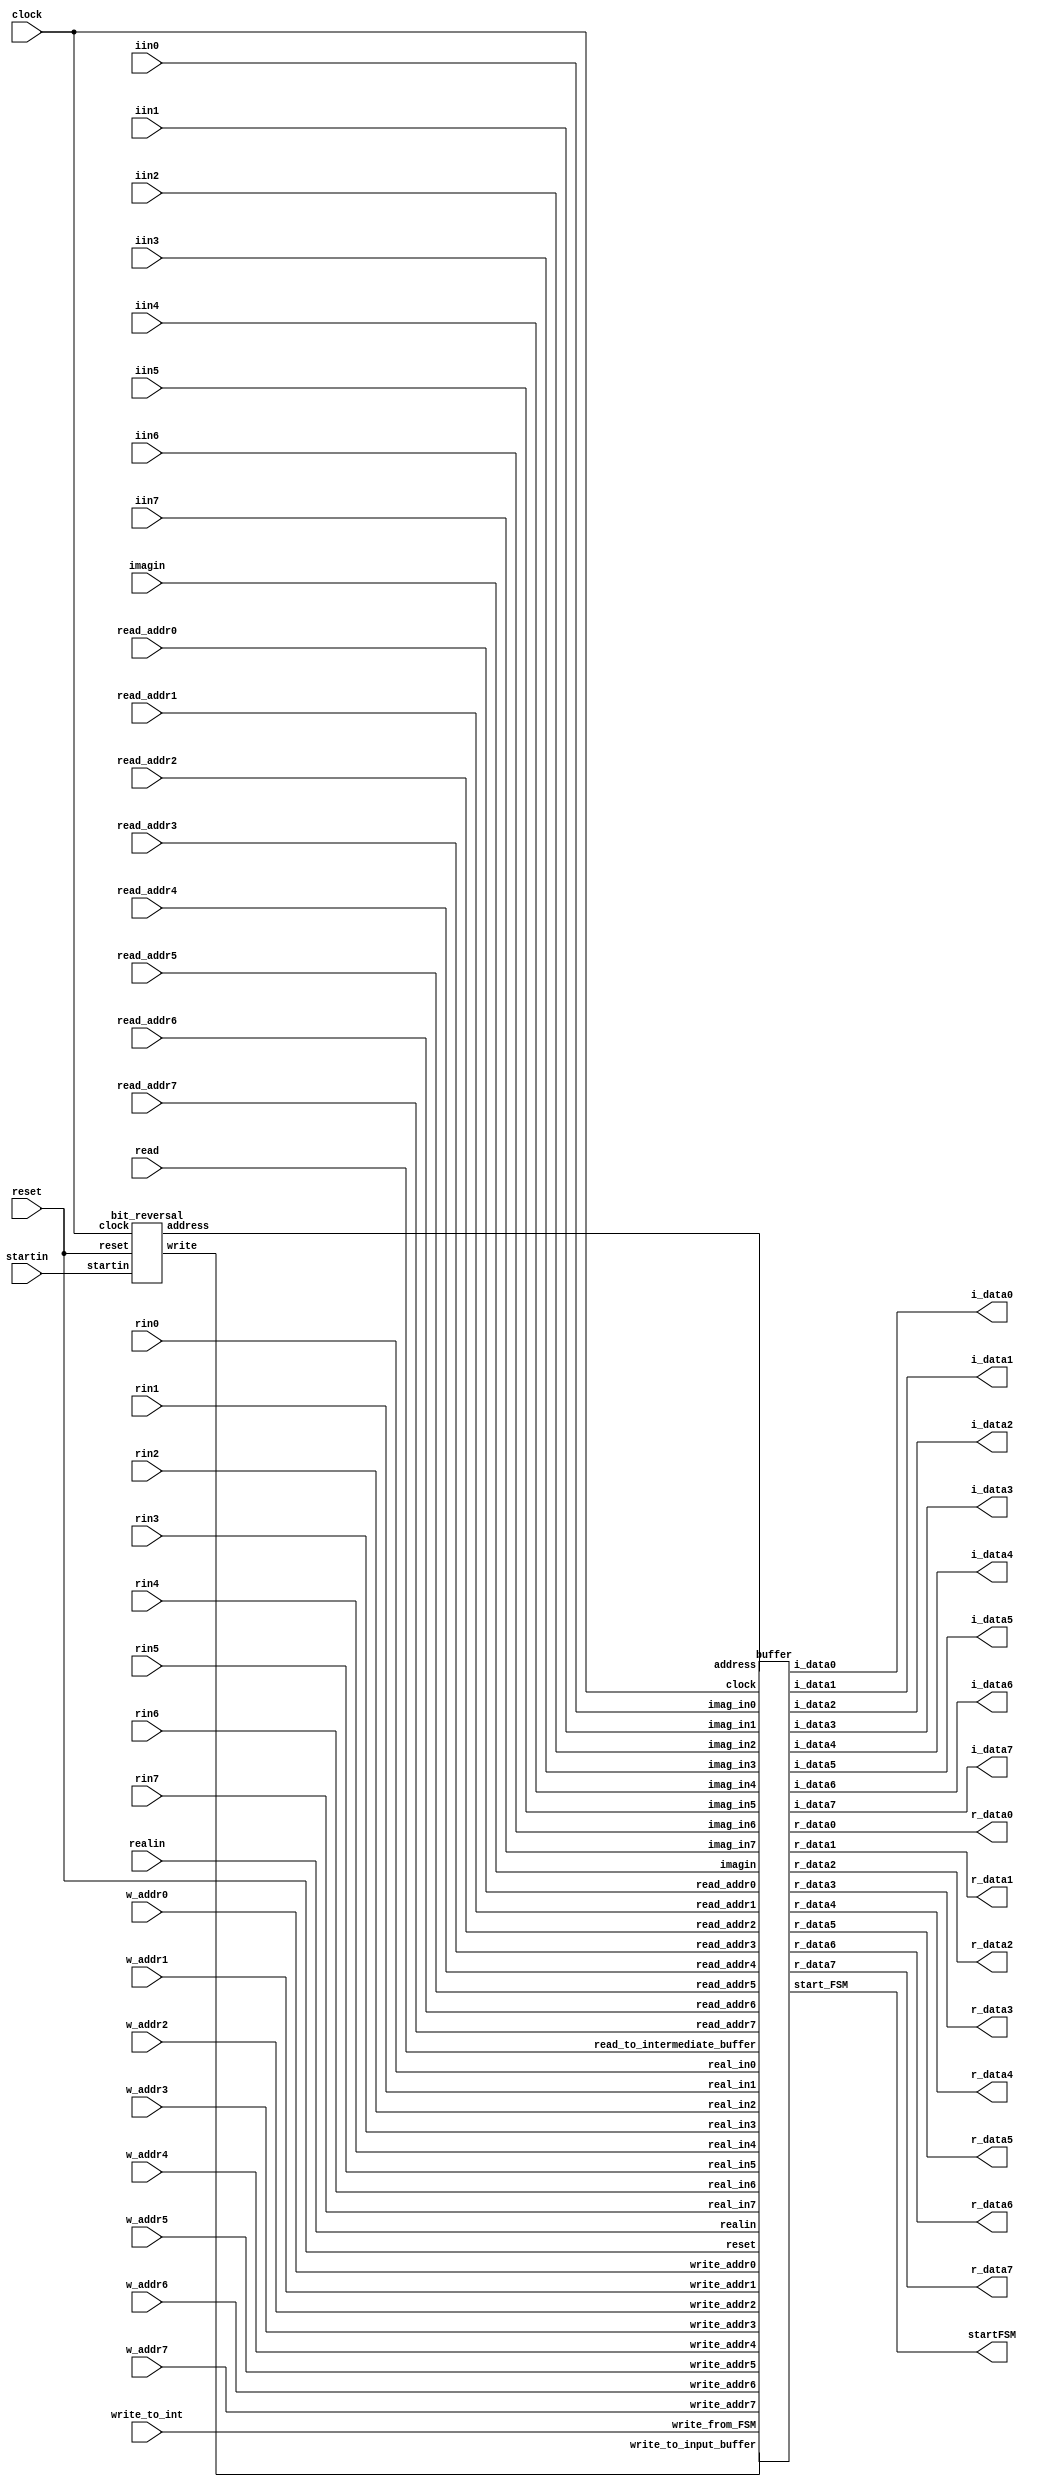
`timescale 1ns/10ps

module input_int_buffer ( clock, reset, read, startin, write_to_int, startFSM, realin, imagin, read_addr0, read_addr1, read_addr2, read_addr3, read_addr4, read_addr5, read_addr6, read_addr7, r_data0, r_data1, r_data2, r_data3, r_data4, r_data5, r_data6, r_data7, i_data0, i_data1, i_data2, i_data3, i_data4, i_data5, i_data6, i_data7, rin0, rin1, rin2, rin3, rin4, rin5, rin6, rin7, iin0, iin1, iin2, iin3, iin4, iin5, iin6, iin7, w_addr0, w_addr1, w_addr2, w_addr3, w_addr4, w_addr5, w_addr6, w_addr7);

input clock, reset, read, startin, write_to_int;

input signed [19:0] realin, imagin;
input signed [29:0] rin0, rin1, rin2, rin3, rin4, rin5, rin6, rin7, iin0, iin1, iin2, iin3, iin4, iin5, iin6, iin7;

input [7:0] read_addr0, read_addr1, read_addr2, read_addr3, read_addr4, read_addr5, read_addr6, read_addr7;
input [7:0] w_addr0, w_addr1, w_addr2, w_addr3, w_addr4, w_addr5, w_addr6, w_addr7;

output signed [29:0] r_data0, r_data1, r_data2, r_data3, r_data4, r_data5, r_data6, r_data7, i_data0, i_data1, i_data2, i_data3, i_data4, i_data5, i_data6, i_data7;
output startFSM;

wire [7:0] address;
wire write, _start_FSM;

assign startFSM = _start_FSM;

bit_reversal BR (.reset(reset), .clock(clock), .startin(startin), .address(address), .write(write));

buffer BUF (.clock(clock), .reset(reset), .realin(realin), .imagin(imagin), .address(address), .write_to_input_buffer(write), 
.read_to_intermediate_buffer(read), .read_addr0(read_addr0), .read_addr1(read_addr1), .read_addr2(read_addr2), .read_addr3(read_addr3),
 .read_addr4(read_addr4), .read_addr5(read_addr5), .read_addr6(read_addr6), .read_addr7(read_addr7), .r_data0(r_data0), .r_data1(r_data1), 
 .r_data2(r_data2), .r_data3(r_data3), .r_data4(r_data4), .r_data5(r_data5), .r_data6(r_data6), .r_data7(r_data7), .i_data0(i_data0), 
 .i_data1(i_data1), .i_data2(i_data2), .i_data3(i_data3), .i_data4(i_data4), .i_data5(i_data5), .i_data6(i_data6), .i_data7(i_data7), 
 .start_FSM(_start_FSM), .write_from_FSM(write_to_int), .real_in0(rin0), .real_in1(rin1), .real_in2(rin2), .real_in3(rin3), .real_in4(rin4), 
 .real_in5(rin5), .real_in6(rin6), .real_in7(rin7), .imag_in0(iin0), .imag_in1(iin1), .imag_in2(iin2), .imag_in3(iin3), .imag_in4(iin4), 
 .imag_in5(iin5), .imag_in6(iin6), .imag_in7(iin7), .write_addr0(w_addr0), .write_addr1(w_addr1), .write_addr2(w_addr2), .write_addr3(w_addr3), 
 .write_addr4(w_addr4), .write_addr5(w_addr5), .write_addr6(w_addr6), .write_addr7(w_addr7));




endmodule

module bit_reversal (reset, clock, startin, address, write);

input reset,clock,startin;
output reg [7:0]address; 
output reg write;

reg [7:0] counter;

always@(posedge clock or posedge reset)
begin
	if(reset) begin
		counter<= #1 8'b0;
	end 
	else if (startin) begin
		counter<= #1 8'b00000001;
	end 
	else if (counter > 0 && counter <= 255) begin
		counter<= #1 counter+1;
	end 
	else begin
		counter <= #1 8'b0;
	end

end

always @ (*) begin
	
	address={counter[0],counter[1],counter[2],counter[3],counter[4],counter[5],counter[6],counter[7]};

	if ((startin == 1)) begin
		write = 1;
	end 
	else if (counter != 0 ) begin
		write =1;
	end 
	else begin
		write = 0;
	end
end

endmodule


module buffer (clock, reset, realin, imagin, address, write_to_input_buffer, read_to_intermediate_buffer, read_addr0, read_addr1, read_addr2, read_addr3, read_addr4, read_addr5, read_addr6, read_addr7, r_data0, r_data1, r_data2, r_data3, r_data4, r_data5, r_data6, r_data7, i_data0, i_data1, i_data2, i_data3, i_data4, i_data5, i_data6, i_data7, start_FSM, write_from_FSM, real_in0, real_in1, real_in2, real_in3, real_in4, real_in5, real_in6, real_in7, imag_in0, imag_in1, imag_in2, imag_in3, imag_in4, imag_in5, imag_in6, imag_in7, write_addr0, write_addr1, write_addr2, write_addr3, write_addr4, write_addr5, write_addr6, write_addr7 );

input clock, reset, write_to_input_buffer, read_to_intermediate_buffer, write_from_FSM;
input signed [19:0] realin, imagin;
input [7:0] address;
input [7:0] read_addr0, read_addr1, read_addr2, read_addr3, read_addr4, read_addr5, read_addr6, read_addr7;
input signed [29:0] real_in0, real_in1, real_in2, real_in3, real_in4, real_in5, real_in6, real_in7, imag_in0, imag_in1, imag_in2, imag_in3, imag_in4, imag_in5, imag_in6, imag_in7;
output signed [29:0] r_data0, r_data1, r_data2, r_data3, r_data4, r_data5, r_data6, r_data7, i_data0, i_data1, i_data2, i_data3, i_data4, i_data5, i_data6, i_data7;
input [7:0] write_addr0, write_addr1, write_addr2, write_addr3, write_addr4, write_addr5, write_addr6, write_addr7;

output start_FSM;

reg signed [29:0] real_input_buffer [0:255];
reg signed [29:0] real_intermediate_buffer [0:255];
reg signed [29:0] imag_input_buffer [0:255];
reg signed [29:0] imag_intermediate_buffer [0:255];

reg write_to_int_buffer;

reg signed [29:0] realin30, imagin30;

always @ (*) begin
	realin30 = {{8{realin[19]}},realin, 2'b00};
	imagin30 = {{8{imagin[19]}},imagin, 2'b00};
end

integer i,j,k,l,m;

//write to input buffer
always @ (posedge clock or posedge reset) begin
	if (reset) begin
		for (i=0; i<256; i=i+1) begin
			real_input_buffer[i] <= #1 30'b0;
			imag_input_buffer[i] <= #1 30'b0;
		end
	end
	else if (write_to_input_buffer) begin
		real_input_buffer[address] <= #1 realin30;
		imag_input_buffer[address] <= #1 imagin30;
	end else begin
		for (j=0; j<256; j=j+1) begin
			real_input_buffer[j] <= #1 real_input_buffer[j];
			imag_input_buffer[j] <= #1 imag_input_buffer[j];	
		end
	end
end

//write enable to intermediate buffer
always @ (posedge clock or posedge reset) begin
	if (reset) begin
		write_to_int_buffer <= #1 0;
	end else if (address == 255) begin
		write_to_int_buffer <= #1 1;
	end else begin
		write_to_int_buffer <= #1 0;
	end
end

//passing write_to_int_buffer to fsm start
assign start_FSM = write_to_int_buffer;


//transfer from input buffer to intermediate buffer and 
// write back the butterfly result to intermediate buffer for 7 stages
always @ (posedge clock or posedge reset) begin
	
	if (reset) begin
		for (k=0; k<256; k=k+1) begin
			real_intermediate_buffer[k] <= #1 30'b0;
			imag_intermediate_buffer[k] <= #1 30'b0;
		end
	end else if ( write_to_int_buffer) begin
		for (l=0; l<256; l=l+1) begin
			real_intermediate_buffer[l] <= #1 real_input_buffer[l];
			imag_intermediate_buffer[l] <= #1 imag_input_buffer[l];
		end
	end
	else if (write_from_FSM)begin
		real_intermediate_buffer [write_addr0] <= #1 real_in0;
		real_intermediate_buffer [write_addr1] <= #1 real_in1;
		real_intermediate_buffer [write_addr2] <= #1 real_in2;
		real_intermediate_buffer [write_addr3] <= #1 real_in3;
		real_intermediate_buffer [write_addr4] <= #1 real_in4;
		real_intermediate_buffer [write_addr5] <= #1 real_in5;
		real_intermediate_buffer [write_addr6] <= #1 real_in6;
		real_intermediate_buffer [write_addr7] <= #1 real_in7;
		imag_intermediate_buffer [write_addr0] <= #1 imag_in0;
		imag_intermediate_buffer [write_addr1] <= #1 imag_in1;
		imag_intermediate_buffer [write_addr2] <= #1 imag_in2;
		imag_intermediate_buffer [write_addr3] <= #1 imag_in3;
		imag_intermediate_buffer [write_addr4] <= #1 imag_in4;
		imag_intermediate_buffer [write_addr5] <= #1 imag_in5;
		imag_intermediate_buffer [write_addr6] <= #1 imag_in6;
		imag_intermediate_buffer [write_addr7] <= #1 imag_in7;
	end 
	else begin
		for (m=0; m<256; m=m+1) begin
			real_intermediate_buffer[m] <= #1 real_intermediate_buffer[m];
			imag_intermediate_buffer[m] <= #1 imag_intermediate_buffer[m];
		end
	end

end

//read from intermediate buffer

assign r_data0 = read_to_intermediate_buffer ? real_intermediate_buffer [read_addr0] : 30'b0;
assign r_data1 = read_to_intermediate_buffer ? real_intermediate_buffer [read_addr1] : 30'b0;
assign r_data2 = read_to_intermediate_buffer ? real_intermediate_buffer [read_addr2] : 30'b0;
assign r_data3 = read_to_intermediate_buffer ? real_intermediate_buffer [read_addr3] : 30'b0;
assign r_data4 = read_to_intermediate_buffer ? real_intermediate_buffer [read_addr4] : 30'b0;
assign r_data5 = read_to_intermediate_buffer ? real_intermediate_buffer [read_addr5] : 30'b0;
assign r_data6 = read_to_intermediate_buffer ? real_intermediate_buffer [read_addr6] : 30'b0;
assign r_data7 = read_to_intermediate_buffer ? real_intermediate_buffer [read_addr7] : 30'b0;
assign i_data0 = read_to_intermediate_buffer ? imag_intermediate_buffer [read_addr0] : 30'b0;
assign i_data1 = read_to_intermediate_buffer ? imag_intermediate_buffer [read_addr1] : 30'b0;
assign i_data2 = read_to_intermediate_buffer ? imag_intermediate_buffer [read_addr2] : 30'b0;
assign i_data3 = read_to_intermediate_buffer ? imag_intermediate_buffer [read_addr3] : 30'b0;
assign i_data4 = read_to_intermediate_buffer ? imag_intermediate_buffer [read_addr4] : 30'b0;
assign i_data5 = read_to_intermediate_buffer ? imag_intermediate_buffer [read_addr5] : 30'b0;
assign i_data6 = read_to_intermediate_buffer ? imag_intermediate_buffer [read_addr6] : 30'b0;
assign i_data7 = read_to_intermediate_buffer ? imag_intermediate_buffer [read_addr7] : 30'b0;


endmodule